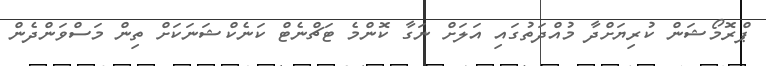
ޕްރޮމޯޝަން ކުރިޔަށްދާ މުއްދަތުގައި އަލަށް ނަގާ ކޮންމެ ޓަޗްނެޓް ކަނެކްޝަނަކަށް ތިން މަސްވަންދެން